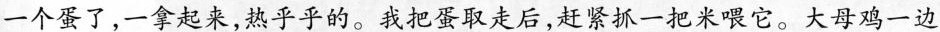
一个蛋了，一拿起来，热乎乎的。我把蛋取走后，赶紧抓一把米喂它。大母鸡一边